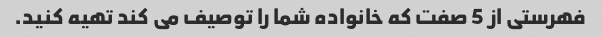
فهرستی از 5 صفت که خانواده شما را توصیف می کند تهیه کنید.